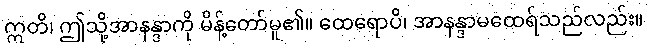
ဣတိ၊ ဤသို့အာနန္ဒာကို မိန့်တော်မူ၏။ ထေရောပိ၊ အာနန္ဒာမထေရ်သည်လည်း။